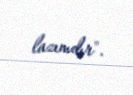
lazımdır".